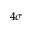
4 \sigma